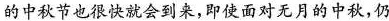
的中秋节也很快就会到来，即使面对无月的中秋，仍